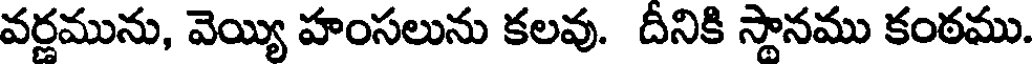
వర్ణమును, వెయ్యి హంసలును కలవు. దీనికి స్థానము కంఠము.